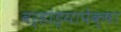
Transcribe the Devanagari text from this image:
वर्‍हांड्यापेक्षा